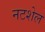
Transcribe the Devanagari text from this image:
नटशेल